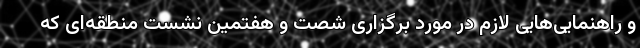
و راهنمایی‌هایی لازم در مورد برگزاری شصت و هفتمین نشست منطقه‌ای که